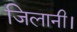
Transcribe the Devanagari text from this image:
जिलानी।